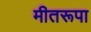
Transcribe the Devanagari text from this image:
मीतरूपा